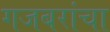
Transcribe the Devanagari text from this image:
गजबरांचा